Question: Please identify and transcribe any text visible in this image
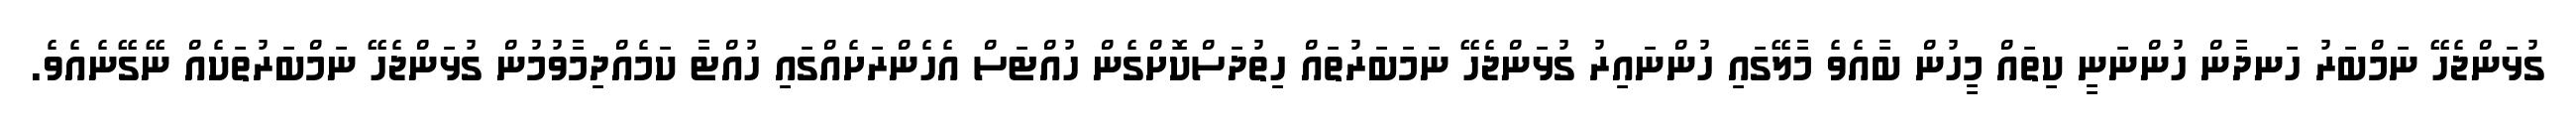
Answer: ގުޅަންޖެހޭ ނަމްބަރު ހަނދާން ހުންނަނީ ކިތައް މީހުން ބާއެވެ މާލޭގައި ހުންނައިރު ގުޅަންޖެހޭ ނަމަބަރުތައް ހިތުދަސްކޮށްގެން ހުއްޓަސް އެހެންރަށެއްގައި ހުއްޓާ ކަމެއްދިމާވުމުން ގުޅަންޖެހޭ ނަމްބަރުތަކެއް ނޭގޭނެއެވެ.